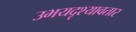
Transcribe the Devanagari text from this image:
उभयदृश्यावतार